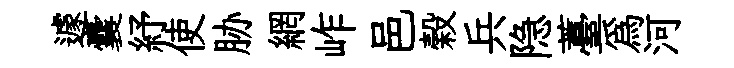
遽囊紓使胁網岞邑榖兵隐薹為河